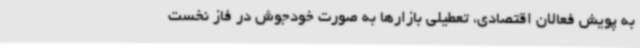
به پویش فعالان اقتصادی، تعطیلی بازارها به صورت خودجوش در فاز نخست